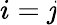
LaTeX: i=\mathit{j}